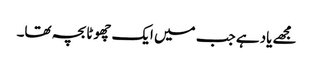
مجھے یاد ہے جب میں ایک چھوٹا بچہ تھا۔